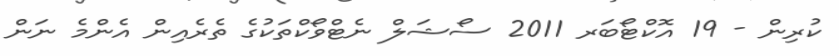
ކުރިން - 19 އޮކްޓޯބަރ 2011 ސޯޝަލް ނެޓްވޯކްތަކުގެ ތެރެއިން އެންމެ ނަން